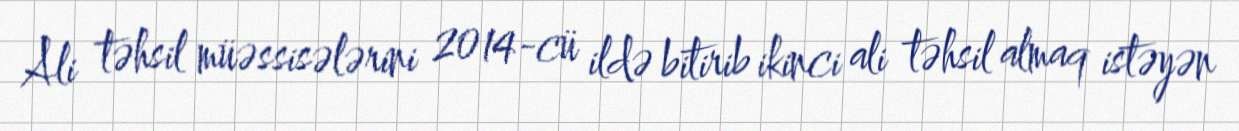
Ali təhsil müəssisələrini 2014-cü ildə bitirib ikinci ali təhsil almaq istəyən